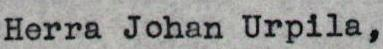
Herra Johan Urpila,